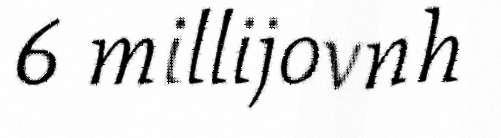
6 millijovnh